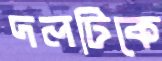
দলটিকে